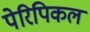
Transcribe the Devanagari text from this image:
पेरिपिकल